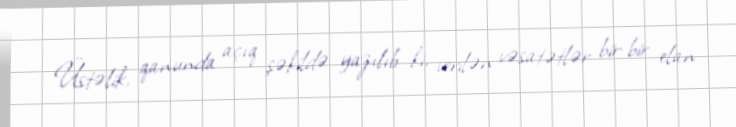
Üstəlik, qanunda açıq şəkildə yazılıb ki, verilən vəsatətlər bir-bir elan